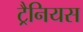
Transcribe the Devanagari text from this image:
ट्रैनियस